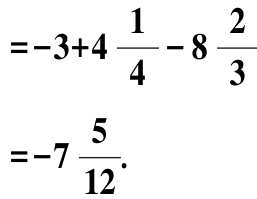
\[
\begin{align*}
&=-3 + 4\frac{1}{4}-8\frac{2}{3}\\
&=-7\frac{5}{12}.
\end{align*}
\]